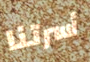
أسرتنا